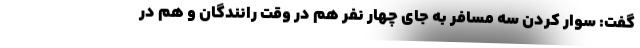
گفت: سوار کردن سه مسافر به جای چهار نفر هم در وقت رانندگان و هم در